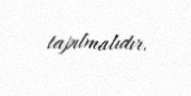
tapılmalıdır.